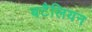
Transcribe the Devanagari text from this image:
बटैलियन